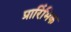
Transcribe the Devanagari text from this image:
प्रारिंभिक